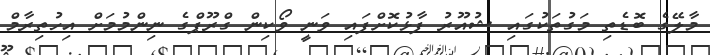
މާލޭގެ ބޮޑެތި މަގުތަކުގައި ޝުއޫރު ފާޅުކޮށްފައި ވަނީ ވޯކިން ގްރޫޕްގެ ނިންމުމަށް އިހުތިރާމް